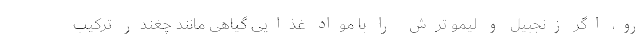
رو، اگر زنجبیل و لیمو ترش را با مواد غذایی گیاهی مانند چغندر ترکیب